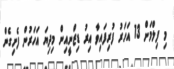
މި ފިލްމަށް 13 އަހަރު ފުރިފައިވާ އިރު ޑިޒްނީއިން މިދިޔަ އަހަރުން ފެށިގެން